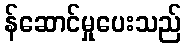
န်ဆောင်မှုပေးသည်